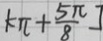
k \pi + \frac { 5 \pi } { 8 } ]